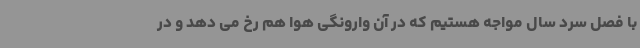
با فصل سرد سال مواجه هستیم که در آن وارونگی هوا هم رخ می دهد و در